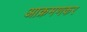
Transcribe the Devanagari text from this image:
आक्रमणकर